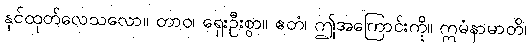
နှင်ထုတ်လေသလော။ တာဝ၊ ရှေးဦးစွာ။ ဧတံ၊ ဤအကြောင်းကို။ ဣမံနာမာတိ၊